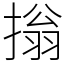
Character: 㨣